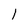
Character: 1